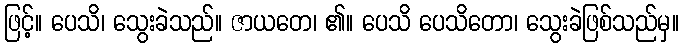
ဖြင့်။ ပေသိ၊ သွေးခဲသည်။ ဇာယတေ၊ ၏။ ပေသိ ပေသိတော၊ သွေးခဲဖြစ်သည်မှ။